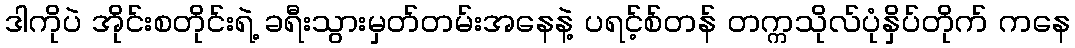
ဒါကိုပဲ အိုင်းစတိုင်းရဲ့ ခရီးသွားမှတ်တမ်းအနေနဲ့ ပရင့်စ်တန် တက္ကသိုလ်ပုံနှိပ်တိုက် ကနေ